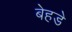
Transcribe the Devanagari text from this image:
बेहडे